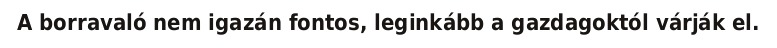
A borravaló nem igazán fontos, leginkább a gazdagoktól várják el.